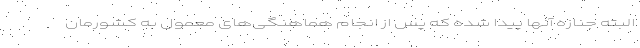
البته جنازه آنها پیدا شده که پس از انجام‌ هماهنگی‌های معمول به کشورمان